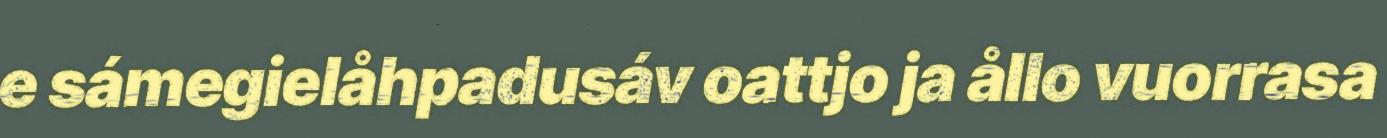
e sámegielåhpadusáv oattjo ja ållo vuorrasa